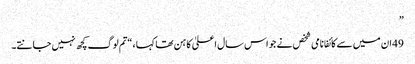
”
49 ان میں سے کائفا نامی شخص نے جو اس سال اعلیٰ کاہن تھا کہا ، “تم لوگ کچھ نہیں جانتے۔